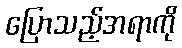
ပြောသည့်အရာကို